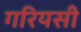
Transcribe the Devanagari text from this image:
गरियसी